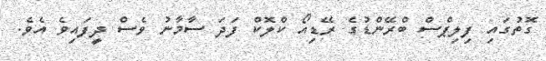
ގޮތުގައި ފިލިޕްސް ބްރޭންޑުގެ ރޭޑިއޯ ކްލޮކް ފަދަ ސާމާނު ވެސް ދީފައިވެ އެވެ.